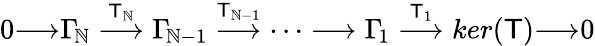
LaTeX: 0{\longrightarrow}\Gamma_{\! \mathbb{N}}\stackrel{\mathsf{T}_{\mathbb{N}}}{\longrightarrow}\Gamma_{\! \mathbb{N}-1}\stackrel{\mathsf{T}_{\mathbb{N}-1}}{\longrightarrow}\dots\longrightarrow\Gamma_{\! 1}\stackrel{\mathsf{T}_{1}}{\longrightarrow}ker(\mathsf{T}){\longrightarrow}0